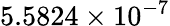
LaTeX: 5.5824\times 10^{-7}